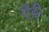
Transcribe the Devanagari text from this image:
एँड़ी